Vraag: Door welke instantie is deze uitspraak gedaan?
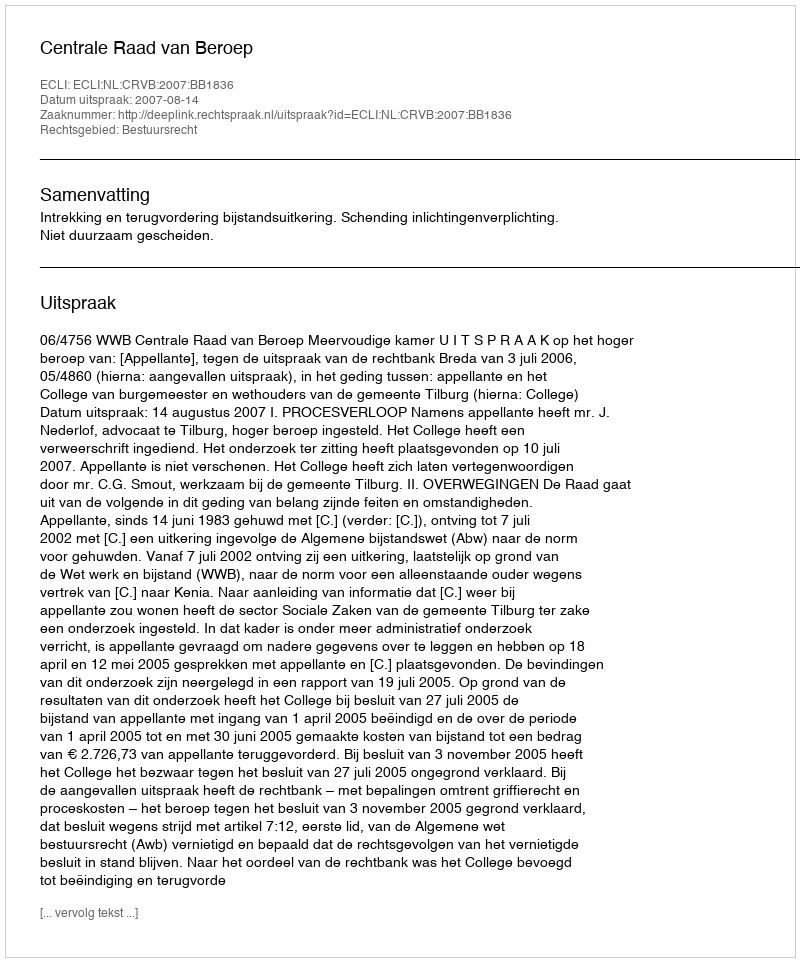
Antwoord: Centrale Raad van Beroep